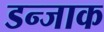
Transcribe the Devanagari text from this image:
डन्जाक